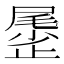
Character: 𱥆